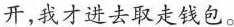
开,我才进去取走钱包。